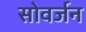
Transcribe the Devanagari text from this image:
सोवर्जन